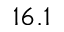
1 6 . 1